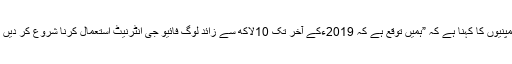
ان کمپنیوں کا کہنا ہے کہ ”ہمیں توقع ہے کہ 2019ءکے آخر تک 10لاکھ سے زائد لوگ فائیو جی انٹرنیٹ استعمال کرنا شروع کر دیں گے۔